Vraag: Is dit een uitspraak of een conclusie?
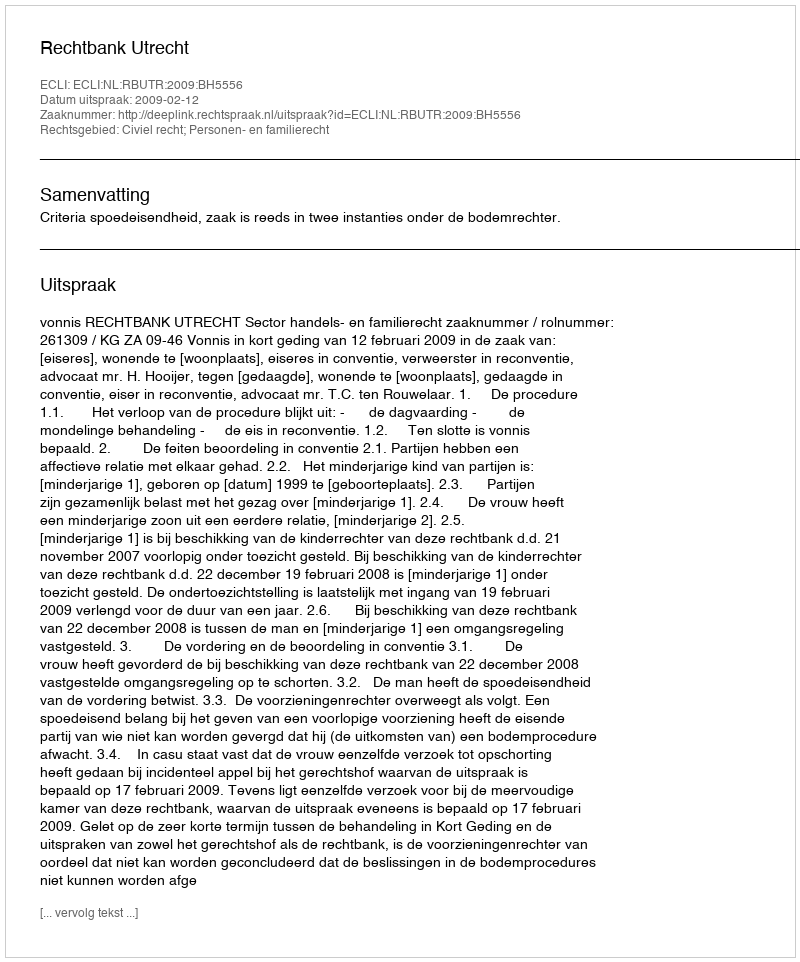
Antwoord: Uitspraak